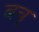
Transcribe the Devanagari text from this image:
बच्